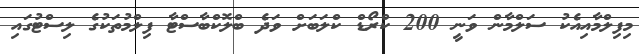
މިފިލްމާއިއެކު ސަލްމާން ވަނީ 200 ކްރޯޑް ކްލަބަށް ވަދެ ބްލޮކްބާސްޓާ ފިލްމުތަކުގެ ލިސްޓުގައި